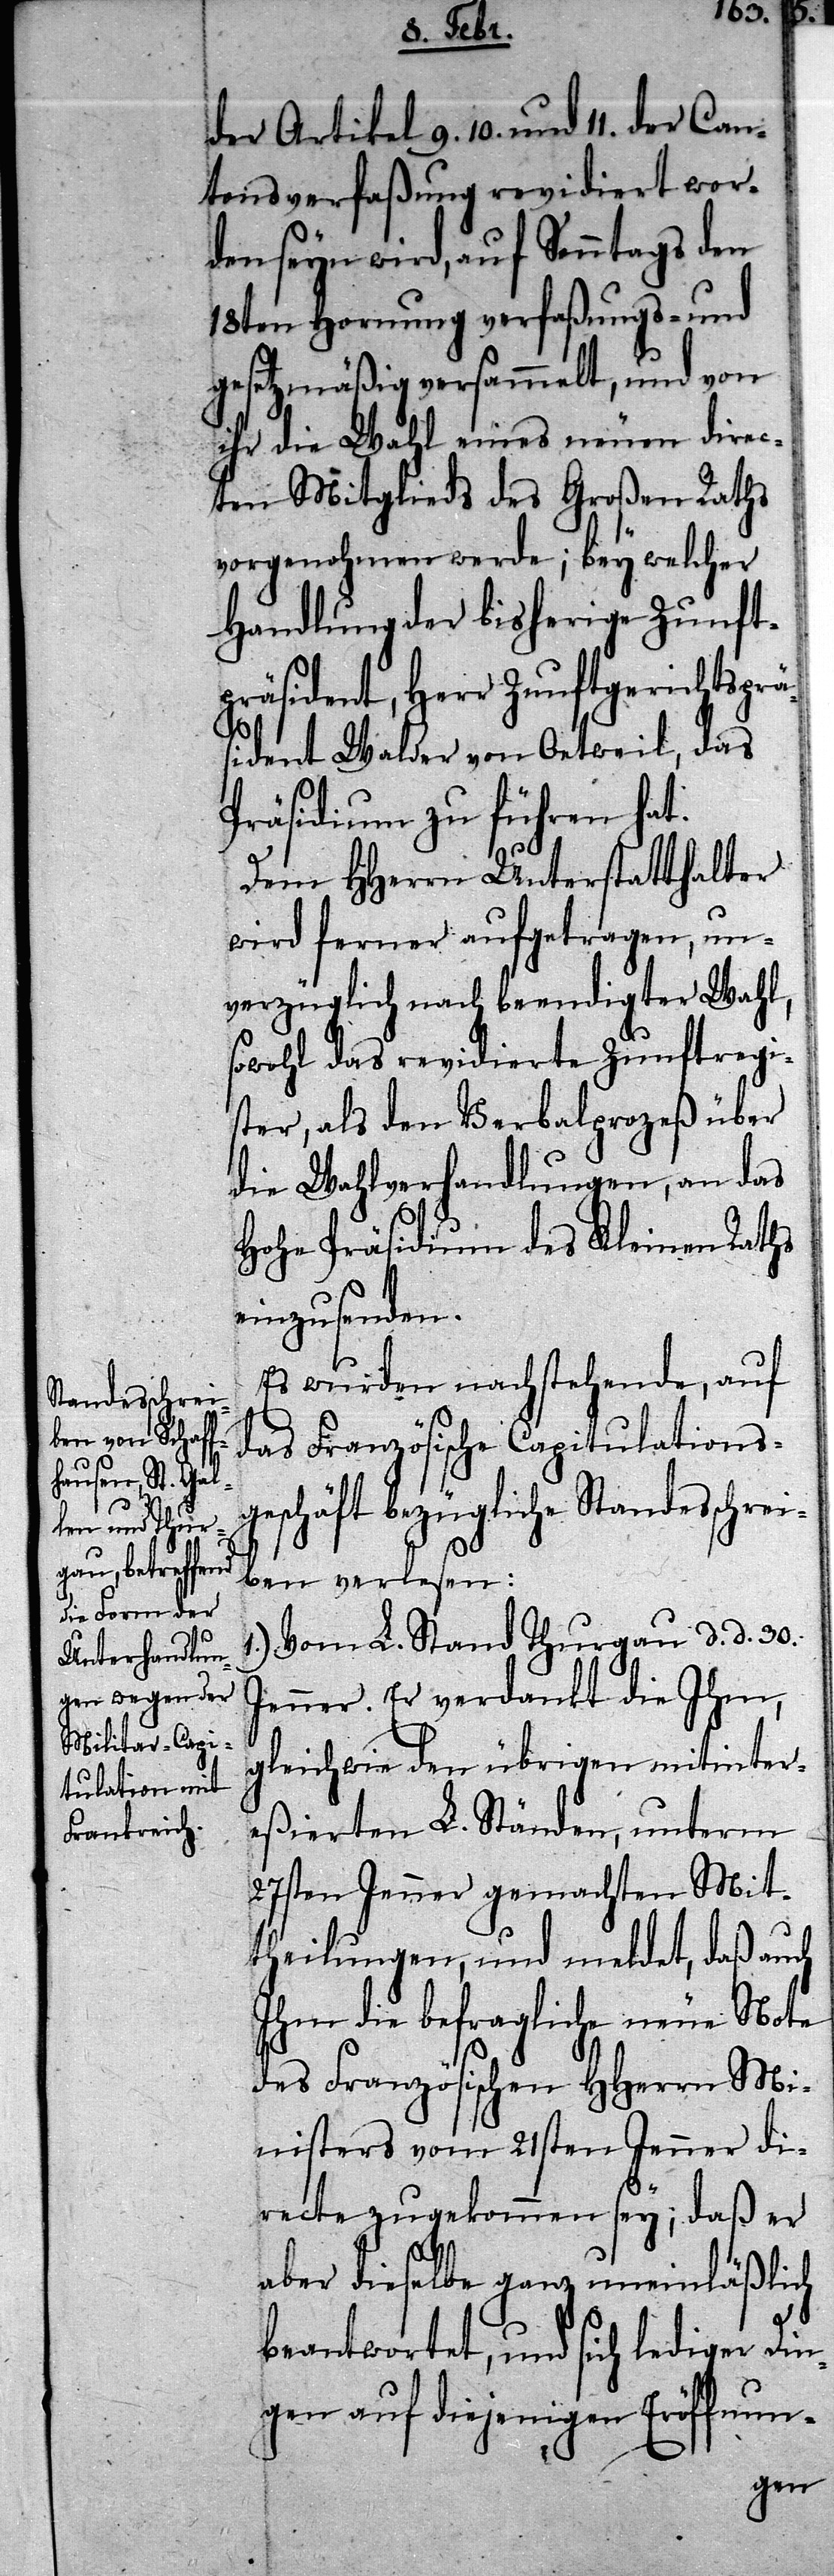
der Artikel 9. 10. und 11. der Can¬
tonsverfaßung revidiert wor¬
den seyn wird, auf Sonntags den
18ten Hornung verfaßungs- und
gesetzmäßig versammelt, und von
ihr die Wahl eines neuen direc¬
ten Mitglieds des Großen Raths
vorgenohmen werde; bey welcher
Handlung der bisherige Zunft¬
sident Walder von Oetweil, das
Präsidium zu führen hat.
Dem HHerrn Unterstatthalter
wird ferner aufgetragen, un¬
verzüglich nach beendigter Wahl,
sowohl das revidierte Zunftregi¬
ster, als den Verbalprozeß über
die Wahlverhandlungen, an das
Hohe Präsidium des Kleinen Raths
einzusenden.
Es wurden nachstehende, auf
das Französische Capitulationsg¬
eschäft bezügliche Standesschr¬
eiben verlesen:
1.) Vom L. Stand Thurgau d. d. 30.
Jenner. Er verdankt die Ihm,
gleichwie den übrigen mitinter¬
eßierten L. Ständen, unterm
27sten Jenner gemachten Mit¬
theilungen, und meldet, daß auch
Ihm die befragliche neue Note
des Französischen HHerrn Mi¬
nisters vom 21sten Jenner di¬
recte zugekommen sey; daß er
aber dieselbe ganz uneinläßlich
beantwortet, und sich lediger Din¬
gen auf diejenigen Eröffnun-

prä¬